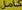
كامل